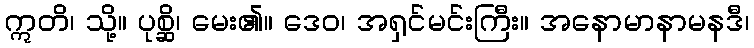
ဣတိ၊ သို့။ ပုစ္ဆိ၊ မေး၏။ ဒေဝ၊ အရှင်မင်းကြီး။ အနောမာနာမနဒီ၊